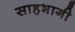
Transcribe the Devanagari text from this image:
साहभागी